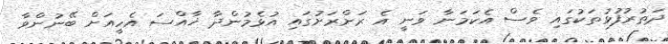
ދަތުރުފުޅުތަކުގައި ވެސް އެކަމަނާ ވަނީ އެ ރަށްރަށުގައި އުޅެމުންދާ ޚާއްސަ އެހީއަށް ބޭނުންވާ